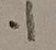
Text: .1